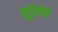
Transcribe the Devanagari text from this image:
सुपेर्तचे